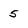
Character: 5